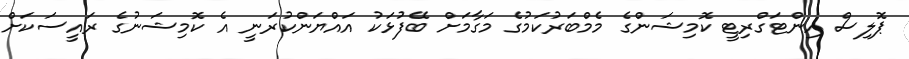
ޕޮލިސް އިންޓަގްރިޓީ ކޮމިޝަންގެ މެމްބަރުކަމުގެ މަގާމަށް ބޭފުޅަކު އައްޔަންކުރަނީ އެ ކޮމިޝަނުގެ ރައީސަކަށް